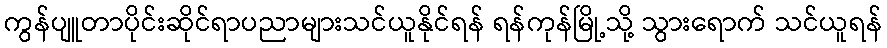
ကွန်ပျူတာပိုင်းဆိုင်ရာပညာများသင်ယူနိုင်ရန် ရန်ကုန်မြို့သို့ သွားရောက် သင်ယူရန်